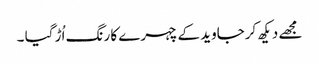
مجھے دیکھ کرجاوید کےچہرے کا رنگ اُڑ گیا ۔